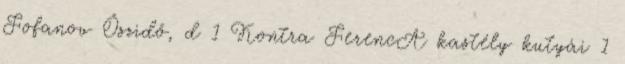
Fofanov Őszidő, d 1 Kontra FerencA kastély kutyái 1